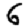
Digit: 6